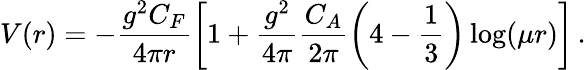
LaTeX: V(r)=-\frac{g^{2}C_{F}}{4\pi r}\left[1+\frac{g^{2}}{4\pi}\frac{C_{A}}{2\pi}\left(4-\frac 13\right)\log(\mu r)\right]\, .